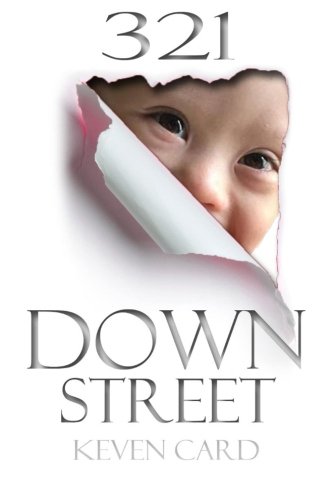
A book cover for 321 Down Street (Volume 1); Keven M Card; Health, Fitness & Dieting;